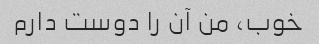
خوب، من آن را دوست دارم